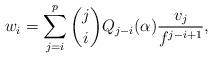
LaTeX: \begin{align*}w_i=\sum_{j=i}^p {j\choose i}Q_{j-i}(\alpha)\frac{v_j}{f^{j-i+1}},\end{align*}